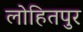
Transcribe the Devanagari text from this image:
लोहितपुर